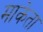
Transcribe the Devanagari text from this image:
माकेता